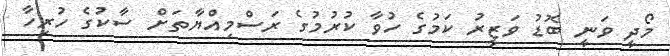
މޯދީ ވަނީ ބޮޑު ވަޒީރު ކަމުގެ ހުވާ ކުރުމުގެ ރަސްމިއްޔާތަށް ސާކުގެ ހުރިހާ